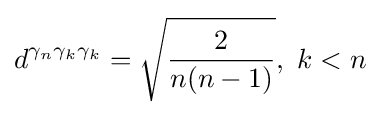
d^{\gamma _{n}\gamma _{k}\gamma _{k}}={\sqrt {\frac {2}{n(n-1)}}},~k<n